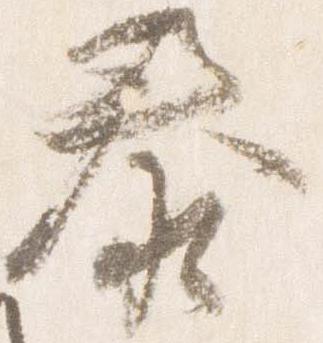
泰